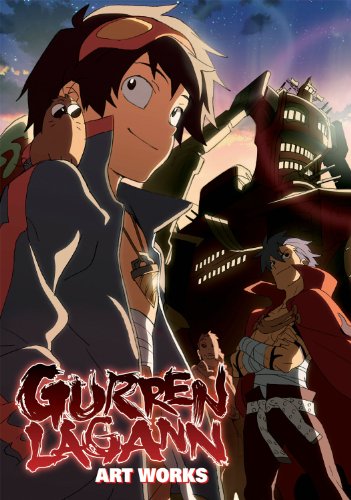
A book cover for Gurren Lagann Art Works; Arts & Photography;